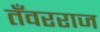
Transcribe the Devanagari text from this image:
तँवरराज